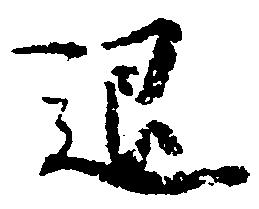
退